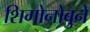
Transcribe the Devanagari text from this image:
शिगोनोबुने